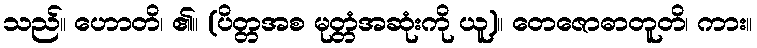
သည်။ ဟောတိ၊ ၏။ (ပိတ္တအစ မုတ္တံအဆုံးကို ယူ)။ တေဇောဓာတူတိ၊ ကား။